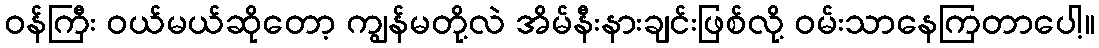
ဝန်ကြီး ဝယ်မယ်ဆိုတော့ ကျွန်မတို့လဲ အိမ်နီးနားချင်းဖြစ်လို့ ဝမ်းသာနေကြတာပေါ့။